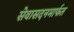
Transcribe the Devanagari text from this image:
सेवासदनमार्फत